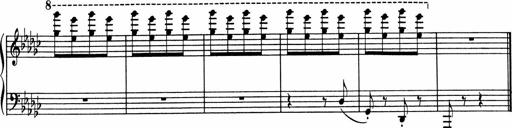
Title: Sonatine pour piano
Composer: Albert Roussel